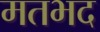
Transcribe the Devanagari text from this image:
मतभद